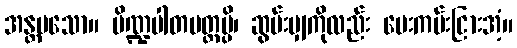
အန္တမသော။ ပိဏ္ဍပါတပတ္တမ္ပိ၊ ဆွမ်းမျှကိုလည်း ပေးကမ်းငြားအံ့။